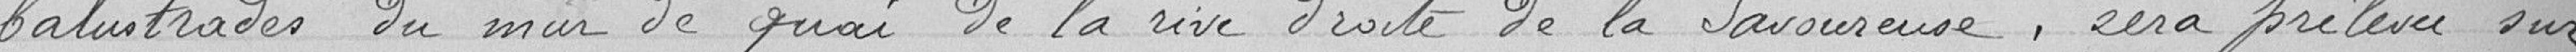
balustrades du mur de quai de la rive droite de la Savoureuse, sera prélevée sur